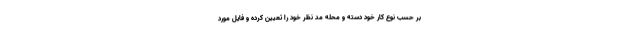
بر حسب نوع کار خود دسته و محله مد نظر خود را تعیین کرده و فایل مورد